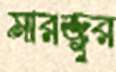
মারজুর